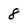
Character: 8